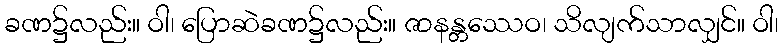
ခဏ၌လည်း။ ဝါ၊ ပြောဆဲခဏ၌လည်း။ ဇာနန္တဿေဝ၊ သိလျက်သာလျှင်။ ဝါ၊